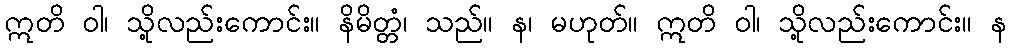
ဣတိ ဝါ၊ သို့လည်းကောင်း။ နိမိတ္တံ၊ သည်။ န၊ မဟုတ်။ ဣတိ ဝါ၊ သို့လည်းကောင်း။ န